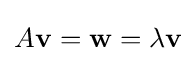
A\mathbf {v} =\mathbf {w} =\lambda \mathbf {v}